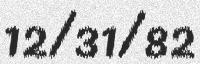
12/31/82